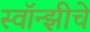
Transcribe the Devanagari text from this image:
स्वॉन्झीचे